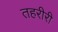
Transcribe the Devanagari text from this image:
तहरीरी